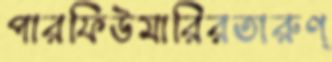
পারফিউমারিরতারুণ্